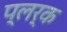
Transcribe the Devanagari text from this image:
प्लर्क